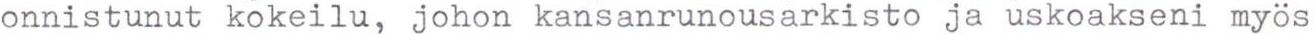
onnistunut kokeilu, johon kansanrunousarkisto ja uskoakseni myös